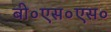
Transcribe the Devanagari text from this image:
बी०एस०एस०